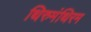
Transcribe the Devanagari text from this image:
थिरुमंथिरम